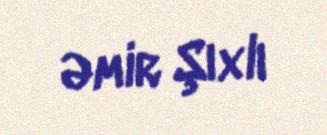
Əmir Şıxlı